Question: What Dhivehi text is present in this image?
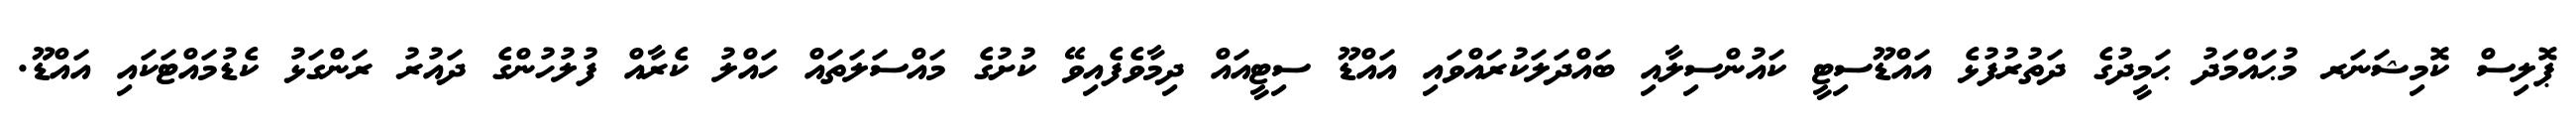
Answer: ޕޮލިސް ކޮމިޝަނަރ މުޙައްމަދު ޙަމީދުގެ ދަތުރުފުޅެ އައްޑޫސިޓީ ކައުންސިލާއި ބައްދަލަކުރައްވައި އައްޑޫ ސިޓީއައް ދިމާވެފެއިވޭ ކުށުގެ މައްސަލަތައް ހައްލު ކެރާއް ފުލުހުންގެ ދައުރު ރަންގަޅު ކެޑުމައްޓަކައި އައްޑޫ.